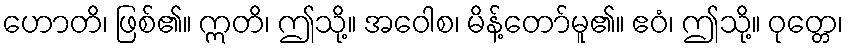
ဟောတိ၊ ဖြစ်၏။ ဣတိ၊ ဤသို့။ အဝေါစ၊ မိန့်တော်မူ၏။ ဧဝံ၊ ဤသို့။ ဝုတ္တေ၊